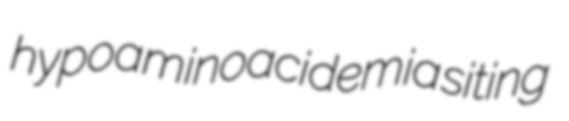
hypoaminoacidemia siting